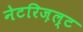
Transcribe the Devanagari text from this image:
नेटरिज़ल्ट